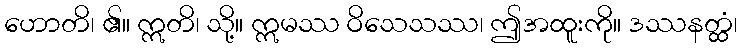
ဟောတိ၊ ၏။ ဣတိ၊ သို့။ ဣမဿ ဝိသေသဿ၊ ဤအထူးကို။ ဒဿနတ္ထံ၊